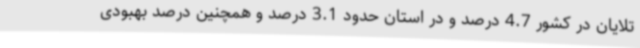
تلایان در کشور 4.7 درصد و در استان حدود 3.1 درصد و همچنین درصد بهبودی